Materia medica of Madras volume I
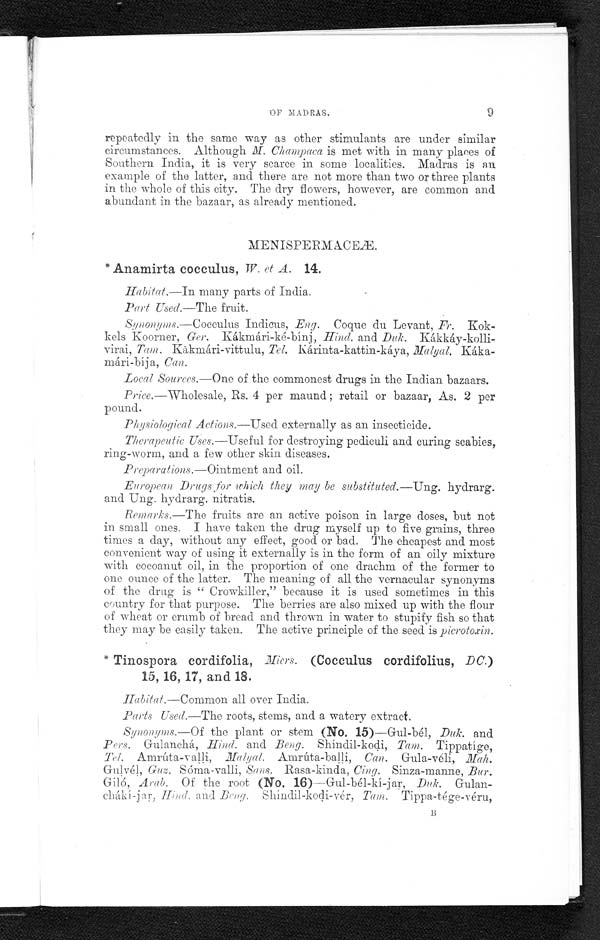
9
OF MADRAS. 9
repeatedly in the same way as other stimulants are under similar
circumstances. Although M. Champaca is met with in many places of
Southern India, it is very scarce in some localities. Madras is an
example of the latter, and there are not more than two or three plants
in the whole of this city. The dry flowers, however, are common and
abundant in the bazaar, as already mentioned.
MENISPERMACEÆ.
*Anamirta cocculus, W. et A. 14.
Habitat.—In many parts of India.
Part Used.—The fruit.
Synonyms.—Cocculus Indicus, Eng. Coque du Levant, Fr. Kok-
kels Koorner, Ger. Kákmári-ké-bínj, Hind. and DUk. Kákkáy-kolli-
virai, Tam. Kākmári-vittulu, Tel. Kárinta-kattin-káya, Káka-
mári-bíja, Can.
Local Sources.—One of the commonest drugs in the Indian bazaars.
Price.—Wholesale, Rs. 4 per maund; retail or bazaar, As. 2 per
pound.
Physiological Actions.—Used externally as an insecticide.
Therapeutic Uses.—Useful for destroying pediculi and curing scabies,
ring-worm, and a few other skin diseases.
Preparations.—Ointment and oil.
European Drugs for which they may be substituted.—Ung. hydrarg.
and Ung. hydrarg. nitratis.
Remarks.—The fruits are an active poison in large doses, but not
in small ones. I have taken the drug myself up to five grains, three
times a day, without any effect, good or bad. The cheapest and most
convenient way of using it externally is in the form of an oily mixture
with cocoanut oil, in the proportion of one drachm of the former to
one ounce of the latter. The meaning of all the vernacular synonyms
of the drug is "Crowkiller," because it is used sometimes in this
country for that purpose. The berries are also mixed up with the flour
of wheat or crumb of bread and thrown in water to stupify fish so that
they may be easily taken. The active principle of the seed is piepotoxin.
Tinospora cordifolia, Miers. (Cocculus cordifolius, DC.)
15, 16, 17, and 18.
Habitat.—Common all over India.
Parts Used.—The roots, stems, and a watery extract.
Synonyms.—Of the plant or stem (No. 15)—Gul-bél, Duk. and
Pers. Gulánchá, Hind. and Beng. Shíndil-kodi, Tam. Tippatíge,
Tel. Amrúta-valli, Malyal. Amrúta-balli, Can. Gula-véli,
Gulvél, Guz. Sóma-valli, Sans. Rasa-kinda, Cing. Sinza-manne, Bur.
Giló, Arab. Of the root (No. 16)—Gul-bél-kí-jar, Duk. Gulan-
chákí-jar, Hind. and Beng. Shíndil-kodi-vér, Tam. Tippa-tége-véru,
B